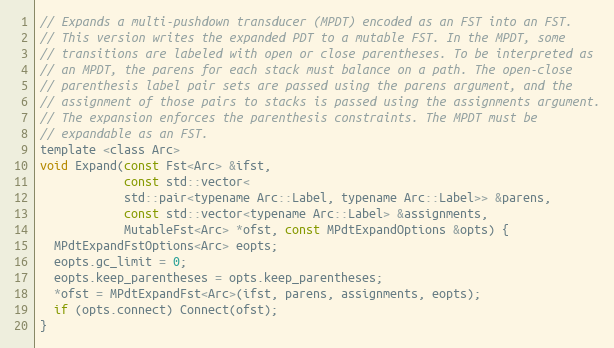
Language: C
// Expands a multi-pushdown transducer (MPDT) encoded as an FST into an FST.
// This version writes the expanded PDT to a mutable FST. In the MPDT, some
// transitions are labeled with open or close parentheses. To be interpreted as
// an MPDT, the parens for each stack must balance on a path. The open-close
// parenthesis label pair sets are passed using the parens argument, and the
// assignment of those pairs to stacks is passed using the assignments argument.
// The expansion enforces the parenthesis constraints. The MPDT must be
// expandable as an FST.
template <class Arc>
void Expand(const Fst<Arc> &ifst,
            const std::vector<
            std::pair<typename Arc::Label, typename Arc::Label>> &parens,
            const std::vector<typename Arc::Label> &assignments,
            MutableFst<Arc> *ofst, const MPdtExpandOptions &opts) {
  MPdtExpandFstOptions<Arc> eopts;
  eopts.gc_limit = 0;
  eopts.keep_parentheses = opts.keep_parentheses;
  *ofst = MPdtExpandFst<Arc>(ifst, parens, assignments, eopts);
  if (opts.connect) Connect(ofst);
}